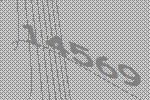
14569